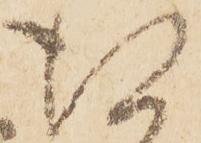
得